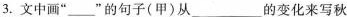
3.文中画”_”的句子(甲)从_的变化来写秋